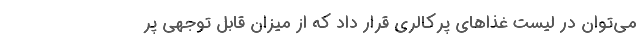
می‌توان در لیست غذاهای پرکالری قرار داد که از میزان قابل توجهی پر